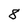
Character: 8